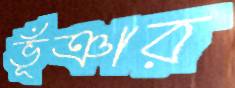
ভূঁঞার